King Institute of Preventive Medicine Micro-Biological Section reports 1909-11
Year: 1909
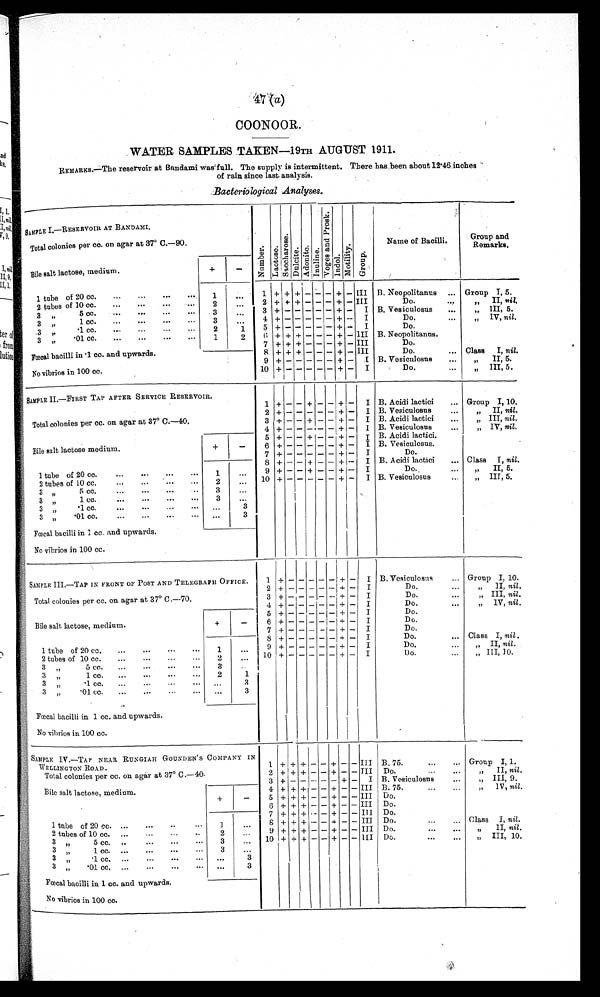
WATER SAMPLES TAKEN-19TH AUGUST 1911.
REMARKS.—The reservoir at Bandami was' full. The supply is intermittent. There has been about 12 .46 inches
of rain since last analysis.
Bacteriological Analyses.
SAMPLE I.—RESERVOIR AT BANDAMI.
. N u m b e r .
L a c t o s e .
S a c c h a r o s e .
D u l c i t e . '
Adoni t e.
I n u l i n e .
V o g e s a n d P r o s k .
V o g e s a n d P r o s k .
M o t i l i t y . G r o u p .
Name of Bacilli.
Group and
Remark.
Total colonies per co. on agar at 37° C.-90.
Bile salt lactose, medium.
+
-
1 tube of 20 cc. ...
... ... .... 1
...
1 + + + - - - + - III B. Neopolitanus ... Group I, 5.
2 tubes of 10 cc. ... ...
. - -
2
2 + 4- + - - - + - III
Do....
n i l .
71
3 „
...
3 +
+ - I B. Vesiculosus ...
„ III, 5.
3 „
4 +
+ - I
Do.. .. „
nil.
3 ,,
1
5 +
+ - I
Do.
3
'01 cc. ... ...
...
1
2
6 + + + - - - + - III B. Neopolitanns.
„
7 + + + - - - +
-
III
Do.
Fœcal bacilli in .1 cc. and upwards.
8 + + + - - - + - III
Do.
... Class I, nil.
9 +
+ - I B. Vesiculosas
...
„ II, 5.
No vibrios in 100 cc.
10 +
+ - I
Do.
III, 5.
SAMPLE II.—FIRST TAP AFTER SERVICE RESERVOIR.
1 + — — + — — + — I B. Acidi lactici
Group I, 10.
Total colonies per cc. on agar at 37° C.-40.
2 +
+ - I
...
B. Vesiculosus
...
„ II, nil.
3 + - - + - - + - I B. Acidi lactici ...
„ III, nil.
4 + - - - - - + - 1 B. Vesiculosus
...
„ IV, nil,
5 + - - + - - + - I B. Acidi lactic.
Bile salt lactose medium.
+
-
6 +
+ - I B. Vesiculosus.
7 +
+ - I
Do.
S + - - + - - + - I B. Acidi lactici ... Class I, nil.
1 tube of 20 cc.
...
... ... ...
1
...
9 + - - + - -
+ I
Do.
... „ II, 5.
2 tubes of 10 cc.
...
...
... ...
2
... 10 +
+ - I B. Vesiculosus
..
„ III, 5.
3 „
3
...
3 „
1 cc.
3 „
3
3 „
'01 cc.
... ...
...
... „.
3
Fœcal bacilli in 1 cc. and upwards.
No vibrios in 100 cc.
SAMPLE III.—TAP IN FRONT OF POST AND TELEGRAPH OFFICE.
1 ±
— I B. Vesiculosus ... Group I, 10.
Total colonies cc. on agar at 37° C.--70.
2 + - - - -
+ - I
Do,
II, nil.
3 + - - - - - + - I
„ III, nil.
Do.
...
per
4 +- - - - - +- I
Do.
IV, nil,
5 +
I + — I
Do.
Bile salt lactose, medium.
+
-
6 + - - - - - + - I
Do.
7 + - - - - - + - I
Do.
8 +
+ - I
Do.
... Class I, nil.
1 tube of 20 cc. ...
...
...
...
...
9 +
+ - I
Do.
II, nil.
2 tubes of 10 cc. ...
...
..
2
...
. 1 0 +
+ - I
Do. ...
„ III, JO.
3 ,,
5 cc. ...
... ... ... 3
3 „ 1 c c .
2
1
3 „ . 1 c c
3
3 „
'01 cc. ...
...
-
- ...
3
..
Fecal bacilli in 1 cc. and upwards.
No -vibratos in 100 cc.
SAMPLE IV.—TAP NEAR RUN GIAH GOUNDEN 'S COMPANY IN
WELLINGTON ROAD.
1 + + + — — + — — III B. 75.
... ... Group I, 1.
Total colonies per cc. on agar at 37° C.-40.
2 + + + - - + - -
I I I Do.
II, nil.
3 + - - - - - + - I B. Vesiculosus
...
„ III, 9.
Bile salt lactose, medium.
4 + + + - - + - - III B. 75.
1V, nil.
+
-
5 + + + - - + - - III Do.
6 + + + - - + - - III Do.
7 + + + .- - + - - Ill. Do.
1 tube of 20 cc. ... --.
..
...
1
...
8 + + + -- - + - - III Do.
... Class I, nil
2 tubes of 10 cc. ...
-.
-
2
9 + + + -
.
-
- + - - III Do.
.
II, nil.
3 77
5 cc. ..
... ...
... 3
.... 10 + + . 4- — — + — — III Do.
...
„ III, 10.
3 „
3
3
[
3 „ .01 cc. ...
...
... ... ...
3
bacilli in 1 cc. and upwards.
F
œ c a l
.
, No vibrios in 100 cc.